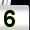
Digit: 5